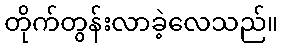
တိုက်တွန်းလာခဲ့လေသည်။